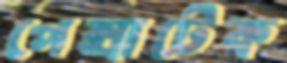
পেক্সাটেক